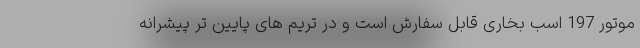
موتور 197 اسب بخاری قابل سفارش است و در تریم های پایین تر پیشرانه